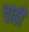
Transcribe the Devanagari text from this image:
चाठी